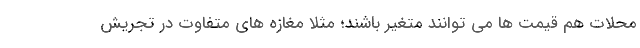
محلات هم قیمت ها می توانند متغیر باشند؛ مثلا مغازه های متفاوت در تجریش